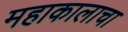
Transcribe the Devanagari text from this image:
महाकालाचा